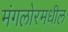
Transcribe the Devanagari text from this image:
मंगलोरमधील